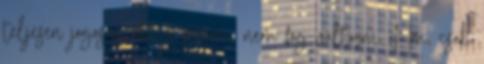
teljesen jogosan addig semmi nem fog valtozni Hm, csak